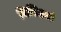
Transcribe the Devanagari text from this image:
विशिष्टओं